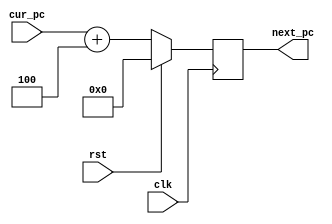
/**
 * This is written by Zhiyang Ong
 * and Andrew Mattheisen 
 * for EE577b Troy WideWord Processor Project
 */

/**
 * Reference:
 * Nestoras Tzartzanis, EE 577B Verilog Example, Jan 25, 1996
 * http://www-scf.usc.edu/~ee577/tutorial/verilog/counter.v
 */

// Behavioral model for the 32-bit program counter
module program_counter (next_pc,cur_pc,rst,clk);

	// Output signals...
	// Incremented value of the program counter
	output [0:31] next_pc;
	
	
	
	
	// ===============================================================
	// Input signals
	// Current value of the program counter
	input [0:31] cur_pc;
	// Clock signal for the program counter
	input clk;
	// Reset signal for the program counter
	input rst;
	/**
	 * May also include: branch_offset[n:0], is_branch
	 * Size of branch offset is specified in the Instruction Set
	 * Architecture
	 */
	
	
	
	
	
	// ===============================================================
	// Declare "wire" signals:
	//wire FSM_OUTPUT;
	



	
	// ===============================================================
	// Declare "reg" signals: 
	reg [0:31] next_pc;		// Output signals

	
	
	
	// ===============================================================
	
	always @(posedge clk)
	begin
		// If the reset signal sis set to HIGH
		if(rst)
		begin
			// Set its value to ZERO
			next_pc<=32'd0;
		end
		else
		begin
			next_pc<=cur_pc+32'd4;
		end
	end
	
	
	
	
endmodule